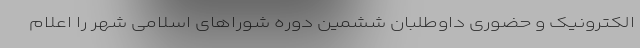
الکترونیک و حضوری داوطلبان ششمین دوره شوراهای اسلامی شهر را اعلام